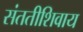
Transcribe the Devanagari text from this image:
संततीशिवाय